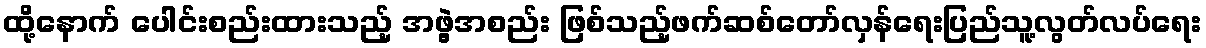
ထို့နောက် ပေါင်းစည်းထားသည့် အဖွဲ့အစည်း ဖြစ်သည့်ဖက်ဆစ်တော်လှန်ရေးပြည်သူ့လွတ်လပ်ရေး